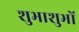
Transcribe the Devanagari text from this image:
शुभाशुभों